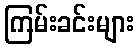
ကြမ်းခင်းများ